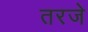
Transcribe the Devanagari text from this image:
तरजे